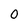
Character: 0